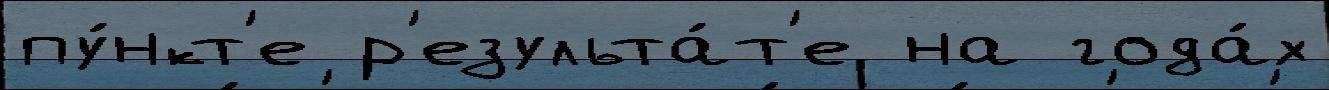
пу́нкт'е р'езульта́т'е на года́х